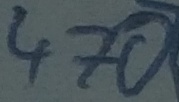
Text: 470